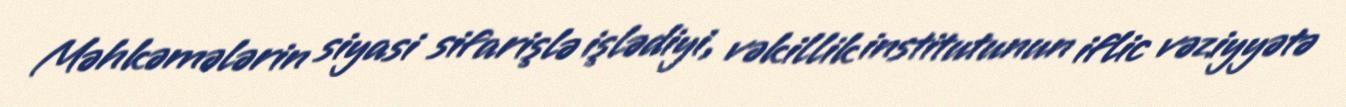
Məhkəmələrin siyasi sifarişlə işlədiyi, vəkillik institutunun iflic vəziyyətə